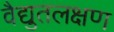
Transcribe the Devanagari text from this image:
वैद्युतलक्षण